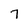
Character: 7